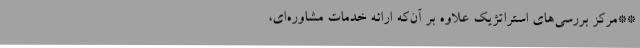
**مرکز بررسی‌های استراتژیک علاوه بر آن‌که ارائه خدمات مشاوره‌ای،